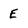
Character: E